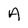
Character: A